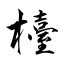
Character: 檯